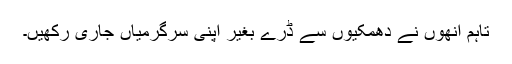
تاہم انھوں نے دھمکیوں سے ڈرے بغیر اپنی سرگرمیاں جاری رکھیں۔